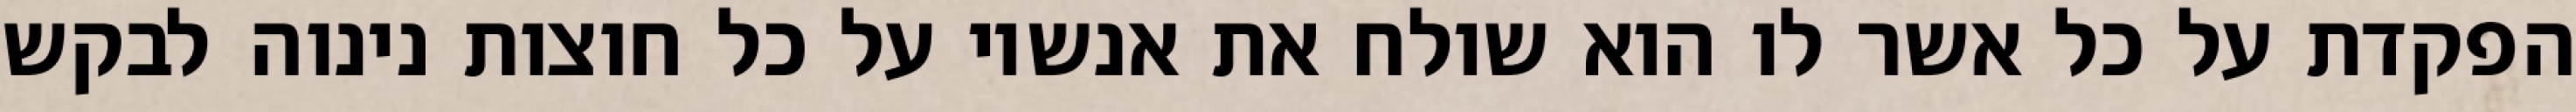
הפקדת על כל אשר לו הוא שולח את אנשיו על כל חוצות נינוה לבקש